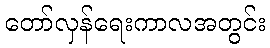
တော်လှန်ရေးကာလအတွင်း